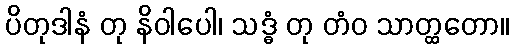
ပိတုဒါနံ တု နိဝါပေါ၊ သဒ္ဓံ တု တံဝ သာတ္ထတော။